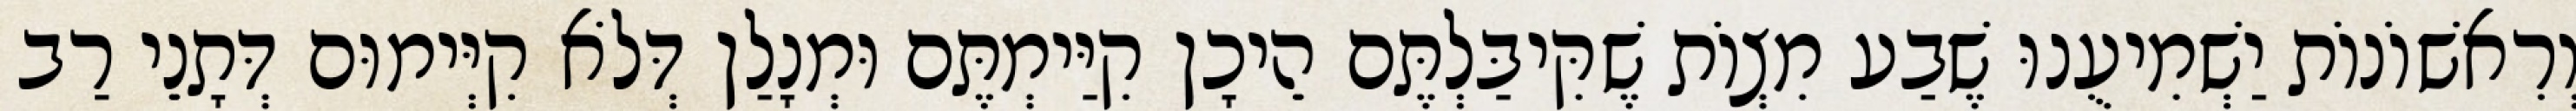
וְרִאשׁוֹנוֹת יַשְׁמִיעֻנוּ שֶׁבַע מִצְוֹת שֶׁקִּיבַּלְתֶּם הֵיכָן קִיַּימְתֶּם וּמְנָלַן דְּלֹא קִיְּימוּם דְּתָנֵי רַב